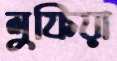
লুফিয়া